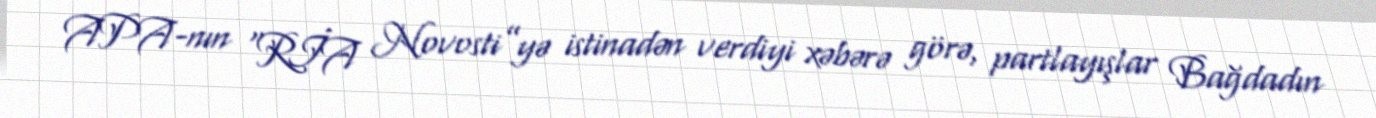
APA-nın “RİA Novosti”yə istinadən verdiyi xəbərə görə, partlayışlar Bağdadın